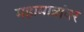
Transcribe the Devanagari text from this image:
महामात्रांवर